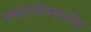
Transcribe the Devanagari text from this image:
नवसंगीतसर्जना